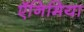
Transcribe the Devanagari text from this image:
ऍनिमिया